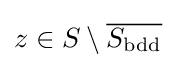
z\in S\setminus {\overline {S_{\mathrm {bdd} }}}